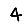
Digit: 4